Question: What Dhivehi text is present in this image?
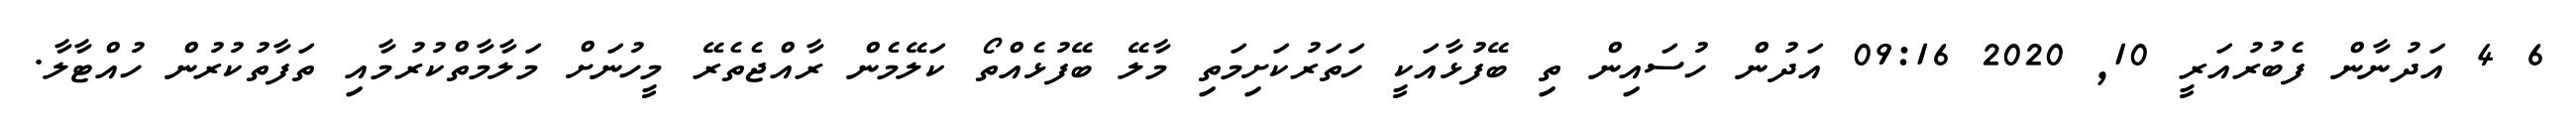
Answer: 6 4 އަދުނާން ފެބުރުއަރީ 10, 2020 09:16 އަދުން ހުސައިން ތި ބޭފުޅާއަކީ ހަތަރުކަށިމަތި މާލޭ ބޭފުޅެއްތޯ ކަލޭމެން ރާއްޖެތެރޭ މީހުނަށް މަލާމާތްކުރުމާއި ތަފާތުކުރުން ހުއްޓާލާ.